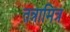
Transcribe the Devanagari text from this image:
तन्नामित्र